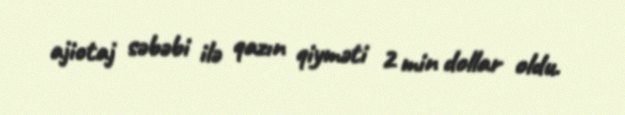
ajiotaj səbəbi ilə qazın qiyməti 2 min dollar oldu.